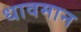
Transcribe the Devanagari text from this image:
धावमान